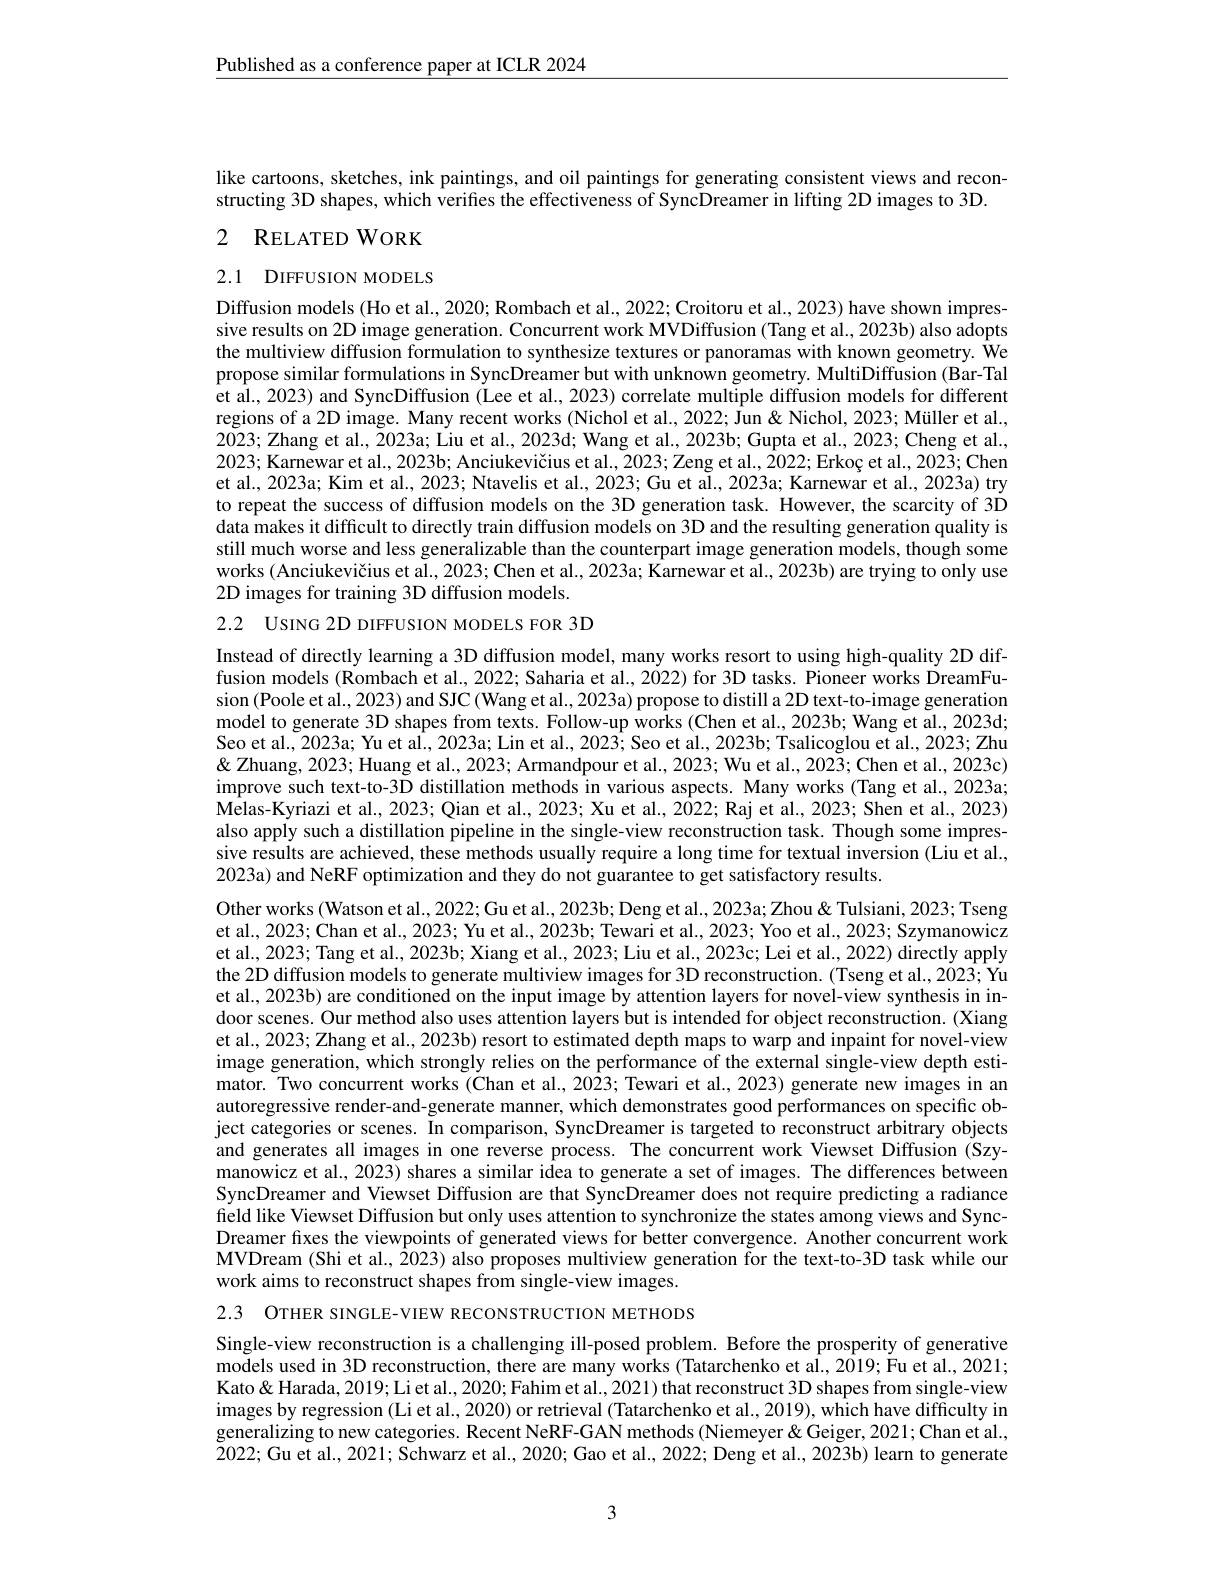
$\underline{\text{Published as a conference paper at ICLR 2024}}$

like cartoons, sketches, ink paintings, and oil paintings for generating consistent views and reconstructing 3D shapes, which verifies the effectiveness of SyncDreamer in lifting 2D images to 3D. 2 RELATED WORK

## 2.1 DIFFUSION MODELS

Diffusion models (Ho et al., 2020; Rombach et al., 2022; Croitoru et al., 2023) have shown impressive results on 2D image generation. Concurrent work MVDiffusion (Tang et al., 2023b) also adopts the multiview diffusion formulation to synthesize textures or panoramas with known geometry. We propose similar formulations in SyncDreamer but with unknown geometry. MultiDiffusion (Bar-Tal et al., 2023) and SyncDiffusion (Lee et al., 2023) correlate multiple diffusion models for different regions of a 2D image. Many recent works (Nichol et al., 2022; Jun & Nichol, 2023; Müller et al., 2023; Zhang et al., 2023a; Liu et al., 2023d; Wang et al., 2023b; Gupta et al., 2023; Cheng et al., 2023; Karnewar et al., 2023b; Anciukevičius et al., 2023; Zeng et al., 2022; Erkoç et al., 2023; Chen et al., 2023a; Kim et al., 2023; Ntavelis et al., 2023; Gu et al., 2023a; Karnewar et al., 2023a) try to repeat the success of diffusion models on the 3D generation task. However, the scarcity of 3D data makes it difficult to directly train diffusion models on 3D and the resulting generation quality is still much worse and less generalizable than the counterpart image generation models, though some works (Anciukevičius et al., 2023; Chen et al., 2023a; Karnewar et al., 2023b) are trying to only use 2D images for training 3D diffusion models.

2.2 USING 2D DIFFUSION MODELS FOR 3D

Instead of directly learning a 3D diffusion model, many works resort to using high-quality 2D diffusion models (Rombach et al., 2022; Saharia et al., 2022) for 3D tasks. Pioneer works DreamFusion (Poole et al., 2023) and SJC (Wang et al., 2023a) propose to distill a 2D text-to-image generation model to generate 3D shapes from texts. Follow-up works (Chen et al., 2023b; Wang et al., 2023d; Seo et al., 2023a; Yu et al., 2023a; Lin et al., 2023; Seo et al., 2023b; Tsalicoglou et al., 2023; Zhu & & Zhuang, 2023; Huang et al., 2023; Armandpour et al., 2023; Wu et al., 2023; Chen et al., 2023c) improve such text-to-3D distillation methods in various aspects. Many works (Tang et al., 2023a; Melas-Kyriazi et al., 2023; Qian et al., 2023; Xu et al., 2022; Raj et al., 2023; Shen et al., 2023) also apply such a distillation pipeline in the single-view reconstruction task. Though some impressive results are achieved, these methods usually require a long time for textual inversion (Liu et al., 2023a) and NeRF optimization and they do not guarantee to get satisfactory results.

Other works (Watson et al., 2022; Gu et al., 2023b; Deng et al., 2023a; Zhou " Zhou " Tseng et al., 2023; Chan et al., 2023; Yu et al., 2023b; Tewari et al., 2023; Yoo et al., 2023; Szymanowicz et al., 2023; Tang et al., 2023b; Xiang et al., 2023; Liu et al., 2023c; Lei et al., 2022) directly apply the 2D diffusion models to generate multiview images for 3D reconstruction. (Tseng et al., 2023; Yu et al., 2023b) are conditioned on the input image by attention layers for novel-view synthesis in indoor scenes. Our method also uses attention layers but is intended for object reconstruction. (Xiang et al., 2023; Zhang et al., 2023b) resort to estimated depth maps to warp and inpaint for novel-view image generation, which strongly relies on the performance of the external single-view depth estimator. Two concurrent works (Chan et al., 2023; Tewari et al., 2023) generate new images in an autoregressive render-and-generate manner, which demonstrates good performances on specific object categories or scenes. In comparison, SyncDreamer is targeted to reconstruct arbitrary objects and generates all images in one reverse process. The concurrent work Viewset Diffusion (Szymanowicz et al., 2023) shares a similar idea to generate a set of images. The differences betweem SyncDreamer and Viewset Diffusion are that SyncDreamer does not require predicting a radiance field like Viewset Diffusion but only uses attention to synchronize the states among views and SyncDreamer fixes the viewpoints of generated views for better convergence. Another concurrent work MVDream (Shi et al., 2023) also proposes multiview generation for the text-to-3D task while our work aims to reconstruct shapes from single-view images.

2.3 OTHER SINGLE-VIEW RECONSTRUCTION METHODS

Single-view reconstruction is a challenging ill-posed problem. Before the prosperity of generative models used in 3D reconstruction, there are many works (Tatarchenko et al., 2019; Fu et al., 2021; Kato& Harada, 2019; Li et al., 2020; Fahim et al., 2021) that reconstruct 3D shapes from single-view images by regression (Li et al., 2020) or retrieval (Tatarchenko et al., 2019), which have difficulty in generalizing to new categories. Recent NeRF-GAN methods (Niemeyer&Geiger,2021;Chan et al., 2022; Gu et al., 2021; Schwarz et al., 2020; Gao et al., 2022; Deng et al., 2023b) learn to generate

3